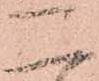
二